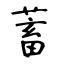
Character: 蓄